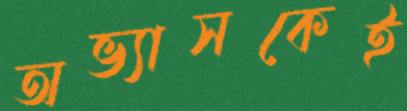
অভ্যাসকেই